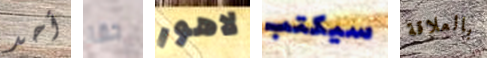
أحد حقا لاهور سيكتب بالعلاقة